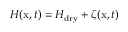
H ( \mathrm x , t ) = H _ { \mathrm { d r y } } + \zeta ( \mathrm x , t )